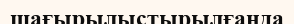
шағырылыстырылғанда